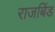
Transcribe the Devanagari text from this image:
राजबिंड